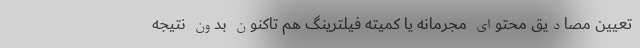
تعیین مصادیق محتوای مجرمانه یا کمیته فیلترینگ هم تاکنون بدون نتیجه